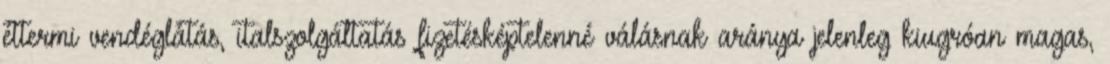
éttermi vendéglátás, italszolgáltatás fizetésképtelenné válásnak aránya jelenleg kiugróan magas,